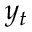
y _ { t }